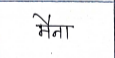
मजकूर: मैना